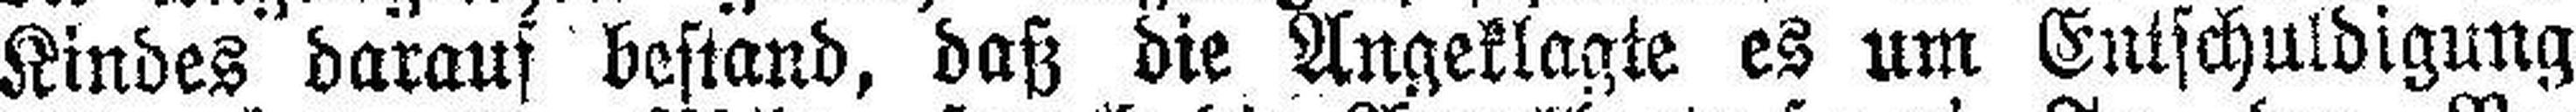
Kindes darauf bestand, daß die Angeklagte es um Entschuldigung